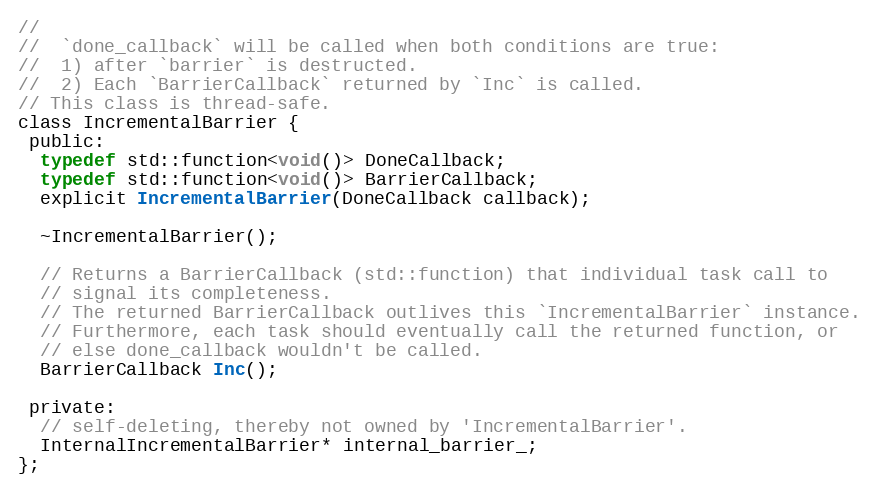
Language: C
//
//  `done_callback` will be called when both conditions are true:
//  1) after `barrier` is destructed.
//  2) Each `BarrierCallback` returned by `Inc` is called.
// This class is thread-safe.
class IncrementalBarrier {
 public:
  typedef std::function<void()> DoneCallback;
  typedef std::function<void()> BarrierCallback;
  explicit IncrementalBarrier(DoneCallback callback);

  ~IncrementalBarrier();

  // Returns a BarrierCallback (std::function) that individual task call to
  // signal its completeness.
  // The returned BarrierCallback outlives this `IncrementalBarrier` instance.
  // Furthermore, each task should eventually call the returned function, or
  // else done_callback wouldn't be called.
  BarrierCallback Inc();

 private:
  // self-deleting, thereby not owned by 'IncrementalBarrier'.
  InternalIncrementalBarrier* internal_barrier_;
};